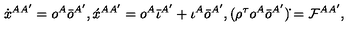
\dot { x } ^ { A A ^ { \prime } } = o ^ { A } \bar { o } ^ { A ^ { \prime } } , \acute { x } ^ { A A ^ { \prime } } = o ^ { A } \bar { \iota } ^ { A ^ { \prime } } + \iota ^ { A } \bar { o } ^ { A ^ { \prime } } , ( \rho ^ { \tau } o ^ { A } \bar { o } ^ { A ^ { \prime } } ) \dot { } = { \cal F } ^ { A A ^ { \prime } } ,